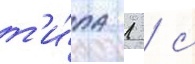
т'и́па 1 / с